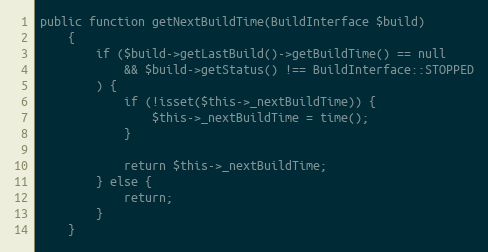
Language: PHP
public function getNextBuildTime(BuildInterface $build)
    {
        if ($build->getLastBuild()->getBuildTime() == null
            && $build->getStatus() !== BuildInterface::STOPPED
        ) {
            if (!isset($this->_nextBuildTime)) {
                $this->_nextBuildTime = time();
            }

            return $this->_nextBuildTime;
        } else {
            return;
        }
    }